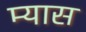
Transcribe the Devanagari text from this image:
म्यास